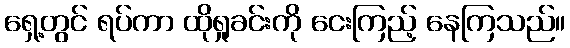
ရှေ့တွင် ရပ်ကာ ထိုရှုခင်းကို ငေးကြည့် နေကြသည်။